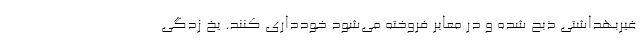
غیربهداشتی ذبح شده و در معابر فروخته می‌شود خودداری کنند. یخ زدگی